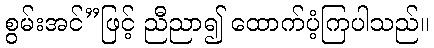
စွမ်းအင်”ဖြင့် ညီညာ၍ ထောက်ပံ့ကြပါသည်။